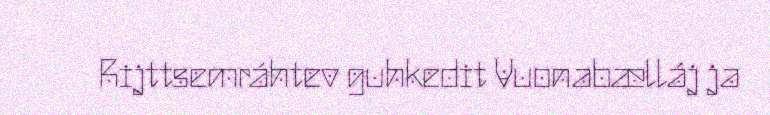
Rijttsemráhtev guhkedit Vuonabælláj ja